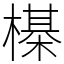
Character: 㯦